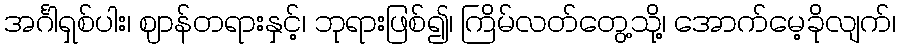
အင်္ဂါရှစ်ပါး၊ ဈာန်တရားနှင့်၊ ဘုရားဖြစ်၍၊ ကြိမ်လတ်တွေ့သို့၊ အောက်မေ့ခိုလျက်၊